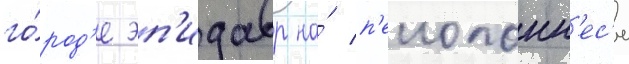
го́род'е эп'идавр на́ п'елопонн'ес'е